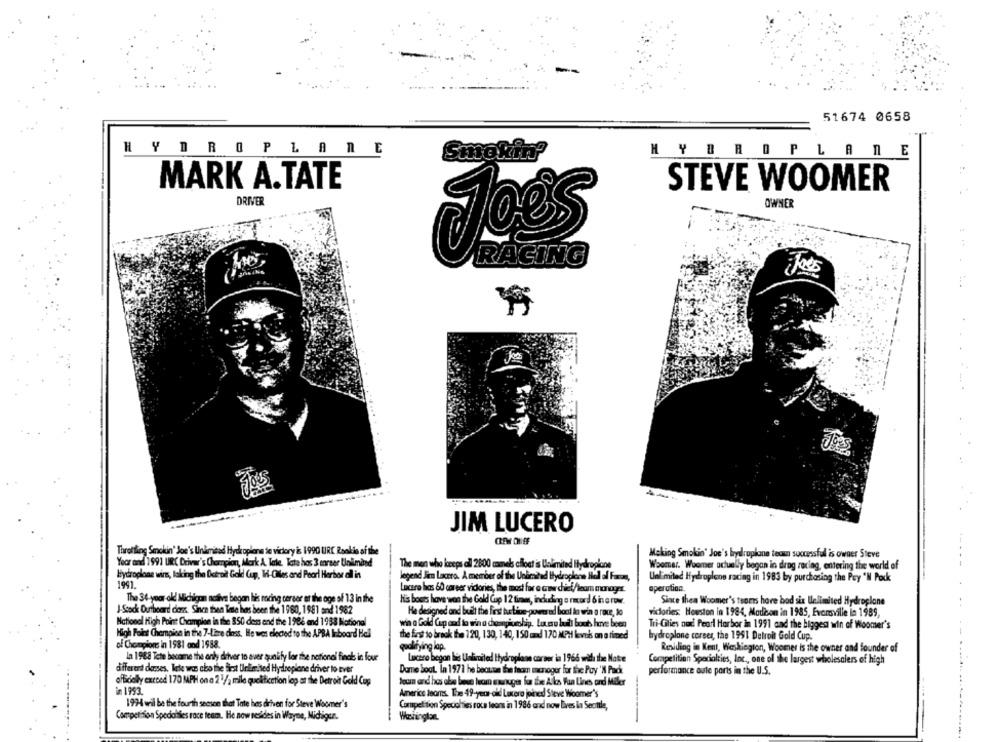
51674 0658
HYDROPLANE
HYDROPLANE
Smokin'
MARK A.TATE
STEVE WOOMER
DRIVER
OWNER
Joes
RACING
JIM LUCERO
Throttling Smokin' Joe's Unamitad Hydroplane te victory is 1990 URE Rookie of the
Making Smokin' Joe's hydroplane texan successful is owner Steve
Yoor and 1991 URC Driver's Champion, Mark A. Tale. Tate hos 3 career Uinimind
The man who keeps all 2800 comels afloat is Ualimited Hydroplane
Woomer. Weemer actually began in drag racing, entering the world of
Hydroplane wire, taking the Detroit Gold Cup, In-Ciles and Pearl Harbor ail in
legend Jim Lavoro. A member of the Unbraind Hydroplane lidl di Fama,
Unlimited Hydroplane racing in 1983 by purchasing the Pay "M Pock
1991.
aperotina.
Lucero las 60 career victories, the most for e cor diet/team manager.
The 34-year-old Michigan nashe began his roring corser at the age of 13 in the
H's boets have won the Gold Cup 12 tim, incuding a record 6 in a row.
Since thea Woomer's teons hore bod six Uelimited Hydroplane
J-Stock Outboard doss. Since then Tette has been the 1980, 1981 and 1982
He designed and built the first bu tive- powered boul ton win o roce, lo
victories Houston in 1984, Madison in 1985, Evansville in 1989,
National High Point Champion in the 850 dess and the 1986 and 1988 National
win a Gold Cap and to win a choicechiy, Luso but bout hne been
Tri Gilies aud Pearl Harbor in 1991 and the biggest win of Woomer's
High Point Champion in the 7-Litre cinss. He was elected to the APBA Inboard Hall
the first to break the 120, 130, 140, 150 and 170 MPH levels on a timed
hydroplane corees, the 1991 Detroit Gold Cup.
of Champions in 1981 and 1988.
qualifying lap.
Residing in Kent, Washington, Woomer Is the owner and founder of
In 1988 Tete became the only driver to aver qualify fior the national findb in four
Lucero begon lis Unlimited Hydroplane corner in 1966 with the Notre
Competition Specialties, Inc ., one of the largest wholesalers of high
different desses. lete wa cho the first Unlimited Hydroplane driver to ever
Dame Bout In 1971 he becaaan the team sonoger for the Pay 'N Pacht
performance aute ports in the U.S.
officialy exrood 170 MPH on a 21/2 mile quekitication lop at the Detroit Gold Cup
team and has abo bese luom manuger la te Alls Fun Lines and Mikr
in 1993
Americe learns. The 49-year-old Laxcero joined Steve Woomer's
1924 wil be the fourth season that Tate hes driven for Steve Woomer's
Competition Specialties roca leons in 1986 and now Bres in Seattle,
Competition Specialties race team. He now resides in Wayne, Michigun.